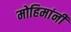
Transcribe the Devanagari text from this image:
मोहिमांनी